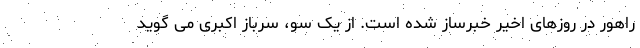
راهور در روزهای اخیر خبرساز شده است. از یک سو، سرباز اکبری می گوید